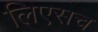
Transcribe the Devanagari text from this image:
लिएसच